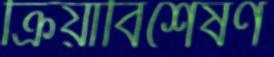
ক্রিয়াবিশেষণ